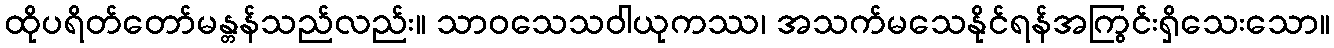
ထိုပရိတ်တော်မန္တန်သည်လည်း။ သာဝသေသဝါယုကဿ၊ အသက်မသေနိုင်ရန်အကြွင်းရှိသေးသော။